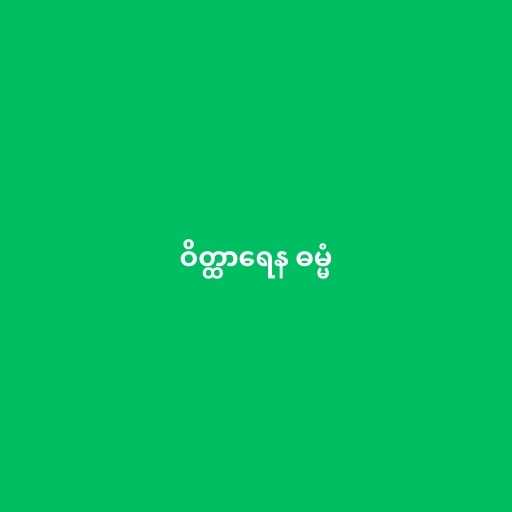
ဝိတ္ထာရေန ဓမ္မံ